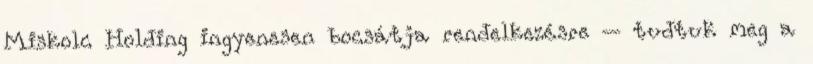
Miskolc Holding ingyenesen bocsátja rendelkezésre – tudtuk meg a